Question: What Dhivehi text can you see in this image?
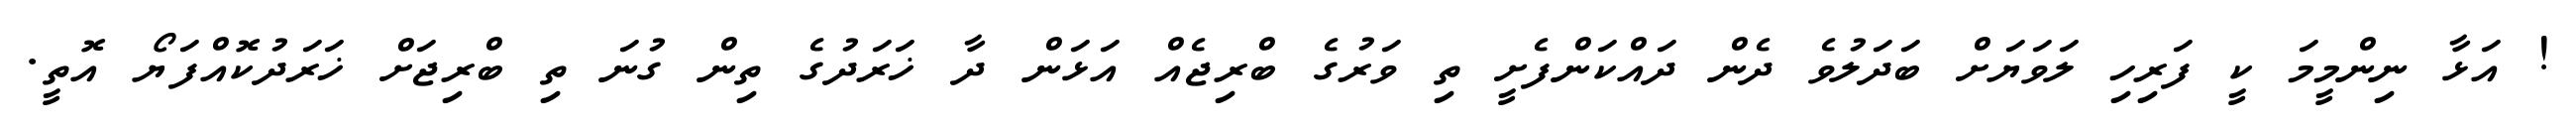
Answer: ! އަޅާ ނިންމީމަ ކީ ފަރިހި ލަވަޔަށް ބަދަލުވެ ދެން ދައްކަންފެށީ ތި ވަރުގެ ބްރިޖެއް އަޅަން ދާ ޚަރަދުގެ ތިން ގުނަ ތި ބްރިޖަށް ޚަރަދުކޮއްފަޔޯ އޮތީ.